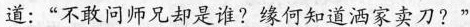
道：“不敢问师兄却是谁?缘何知道洒家卖刀?”